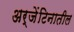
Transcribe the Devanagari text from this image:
अर्जेंटिनातील